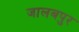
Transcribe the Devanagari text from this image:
जालबपुर